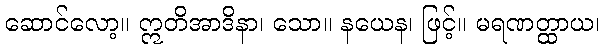
ဆောင်လော့။ ဣတိအာဒိနာ၊ သော။ နယေန၊ ဖြင့်။ မရဏတ္ထာယ၊